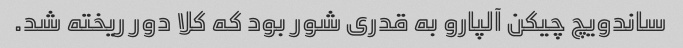
ساندویچ چیکن آلپارو به قدری شور بود که کلا دور ریخته شد.